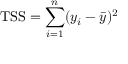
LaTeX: \mathrm { T S S } = \sum _ { i = 1 } ^ { n } ( y _ { i } - { \bar { y } } ) ^ { 2 }